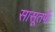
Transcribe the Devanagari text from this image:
सासूतर्फे